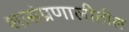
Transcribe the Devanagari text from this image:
शासंप्रणालीतील